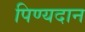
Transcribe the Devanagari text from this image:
पिण्यदान